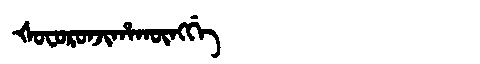
Manchu: ᡧᠣᠸᠣᡵᠣᠨᠵᡳᡥᠠᡴᡡᠩᡤᡝ
Romanization: ŠOFORONJIHAKŪNGGE